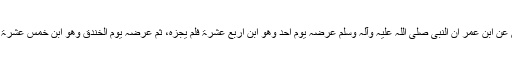
عَنْ نَافِعٍ عَنِ ابْنِ عُمَرَ أَنَّ النَّبِیَّ ‌صلی ‌اللہ ‌علیہ ‌وآلہ ‌وسلم عَرَضَہُ یَوْمَ أُحُدٍ وَھُوَ ابْنُ أَرْبَعَ عَشَرَۃَ فَلَمْ یُجِزْہُ، ثُمَّ عَرَضَہُ یَوْمَ الْخَنْدَقِ وَھُوَ ابْنُ خَمْسَ عَشَرَۃَ فَأَجَازَہُ۔